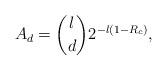
LaTeX: \begin{align*} A_d = {l \choose d}2^{-l(1-R_c)},\end{align*}